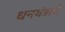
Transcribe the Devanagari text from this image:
धनयंत्राचे